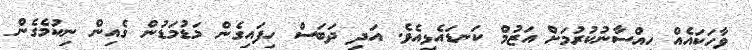
ވާހަކައެއް ހިއްސާނުކުރުމަށް އަޒުމް ކަނޑައެޅިއެވެ. އަދި ދަބަސް ހިފައިގެން މަޑުމަޑުން ގެއިން ނިކުމެގެން